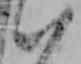
い